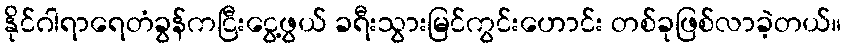
နိုင်ဂါရာရေတံခွန်ကငြီးငွေ့ဖွယ် ခရီးသွားမြင်ကွင်းဟောင်း တစ်ခုဖြစ်လာခဲ့တယ်။